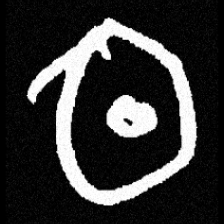
Pyu character \u2014 Myanmar letter: ထ (romanized: tha)